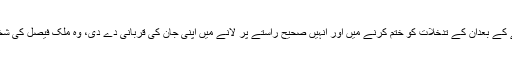
ہمارے یہاں ایک بادشاه نے ان تشدد پسندوں کے در آنے کے بعدان کے تدخلات کو ختم کرنے میں اور انہیں صحیح راستے پر لانے میں اپنى جان کى قربانى دے دى، وه ملک فیصل کى شخصیت ہے ، مملکت سعودى عرب کى ایک عظیم ہستى۔